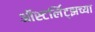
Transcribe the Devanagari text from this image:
ऑस्टर्लिट्झच्या